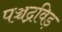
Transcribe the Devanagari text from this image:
पञ्चद्रविड़